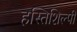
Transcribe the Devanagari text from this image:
हस्तिशिल्पी